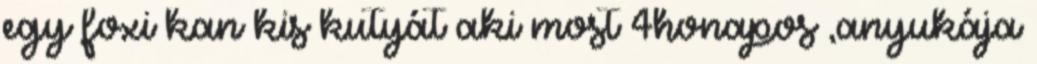
egy foxi kan kis kutyát aki most 4honapos ,anyukája